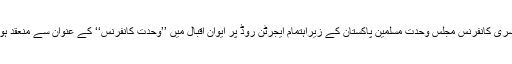
دوسری کانفرنس مجلس وحدت مسلمین پاکستان کے زیراہتمام ایجرٹن روڈ پر ایوان اقبال میں ’’وحدت کانفرنس‘‘ کے عنوان سے منعقد ہوئی۔